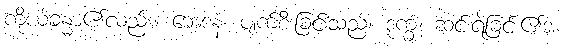
ကိုယ်ခန္ဓာ၏လည်း။ ဘေဒနံ၊ ပျက်စီးခြင်းသည်။ ဒုက္ခံ၊ ဆင်းရဲခြင်း၏အ